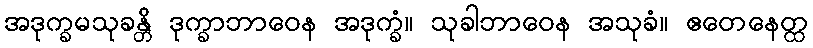
အဒုက္ခမသုခန္တိ ဒုက္ခာဘာဝေန အဒုက္ခံ။ သုခါဘာဝေန အသုခံ။ ဧတေနေတ္ထ